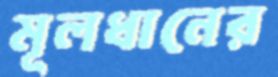
মূলধানের